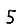
Digit: 5